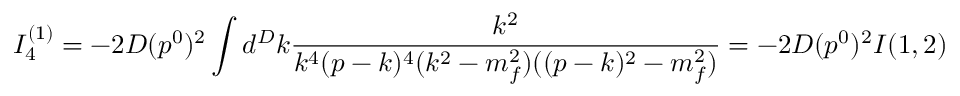
I _ { 4 } ^ { ( 1 ) } = - 2 D ( p ^ { 0 } ) ^ { 2 } \int d ^ { D } k \frac { k ^ { 2 } } { k ^ { 4 } ( p - k ) ^ { 4 } ( k ^ { 2 } - m _ { f } ^ { 2 } ) ( ( p - k ) ^ { 2 } - m _ { f } ^ { 2 } ) } = - 2 D ( p ^ { 0 } ) ^ { 2 } I ( 1 , 2 )